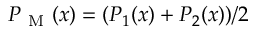
P _ { \mathrm { ~ M ~ } } ( x ) = ( P _ { 1 } ( x ) + P _ { 2 } ( x ) ) / 2